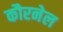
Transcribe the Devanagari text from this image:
कौरनेल